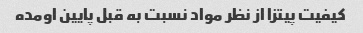
کیفیت پیتزا از نظر مواد نسبت به قبل پایین اومده